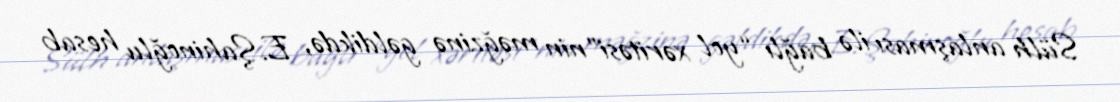
Sülh anlaşması ilə bağlı “yol xəritəsi”nin məğzinə gəldikdə, E.Şahinoğlu hesab